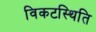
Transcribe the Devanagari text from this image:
विकटस्थिति